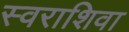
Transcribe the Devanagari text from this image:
स्वराशिवा